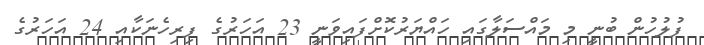
ފުލުހުން ބުނީ މި މައްސަލާގައި ހައްޔަރުކޮށްފައިވަނީ 23 އަހަރުގެ ފިރިހެނަކާއި 24 އަހަރުގެ